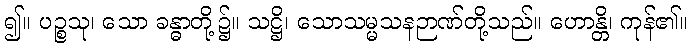
၍။ ပဉ္စသု၊ သော ခန္ဓာတို့၌။ သဋ္ဌိ၊ သောသမ္မသနဉာဏ်တို့သည်။ ဟောန္တိ၊ ကုန်၏။